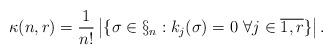
LaTeX: \begin{align*}\kappa(n,r)=\frac{1}{n!}\left|\{\sigma\in\S_n :k_j(\sigma)=0\ \forall j\in \overline{1,r}\}\right|.\end{align*}